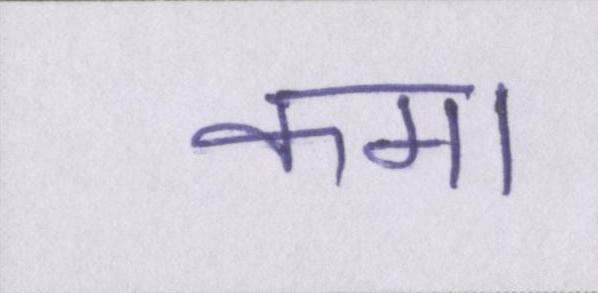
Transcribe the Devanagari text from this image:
कमा